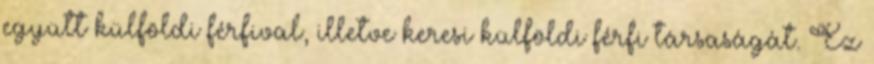
együtt külföldi férfival, illetve keresi külföldi férfi társaságát. Ez